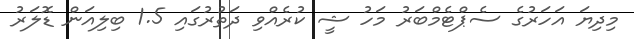
މިދިޔަ އަހަރުގެ ސެޕްޓެމްބަރު މަހު ޝީ ކުރެއްވި ދަތުރުގައި 1.5 ބިލިއަން ޑޮލަރު